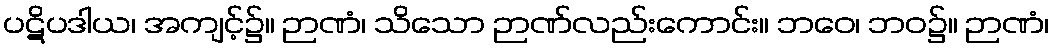
ပဋိပဒါယ၊ အကျင့်၌။ ဉာဏံ၊ သိသော ဉာဏ်လည်းကောင်း။ ဘဝေ၊ ဘဝ၌။ ဉာဏံ၊